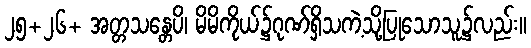
၂၅+၂၆+ အတ္တသန္တေပိ၊ မိမိကိုယ်၌ဂုဏ်ရှိသကဲ့သို့ပြုသောသူ၌လည်း။